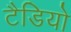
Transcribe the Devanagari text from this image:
टैडियो